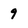
Character: 9